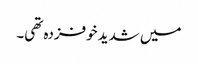
میں شدید خوفزدہ تھی۔